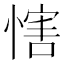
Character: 𢞐